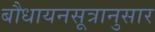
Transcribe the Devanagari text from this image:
बौधायनसूत्रानुसार